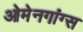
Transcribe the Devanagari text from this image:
ओमेनगांग्स